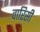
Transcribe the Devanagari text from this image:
वारिसी